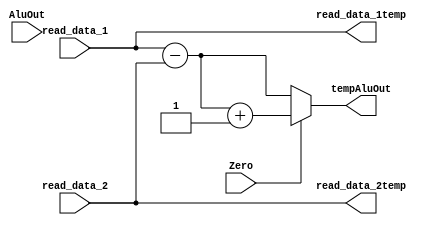
module newassign(read_data_1temp,read_data_2temp,tempAluOut,read_data_1,read_data_2,AluOut,Zero);

output [31:0]read_data_1temp;
output [31:0]read_data_2temp;
output [31:0]tempAluOut;
input [31:0] read_data_1;
input [31:0] read_data_2;
input [31:0] AluOut;
input Zero;

assign tempAluOut = (Zero == 1) ? ((read_data_1 - read_data_2) + 1): read_data_1 - read_data_2 ;
assign read_data_1temp=read_data_1;
assign read_data_2temp=read_data_2;

endmodule